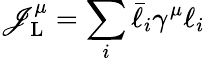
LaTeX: \mathscr{J}_{\mathrm{{L}}}^{\mu}=\sum_{i}\bar{{\ell}}_{i}\gamma^{\mu}\ell_{i}